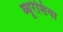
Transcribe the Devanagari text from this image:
ब्यूरेशिया